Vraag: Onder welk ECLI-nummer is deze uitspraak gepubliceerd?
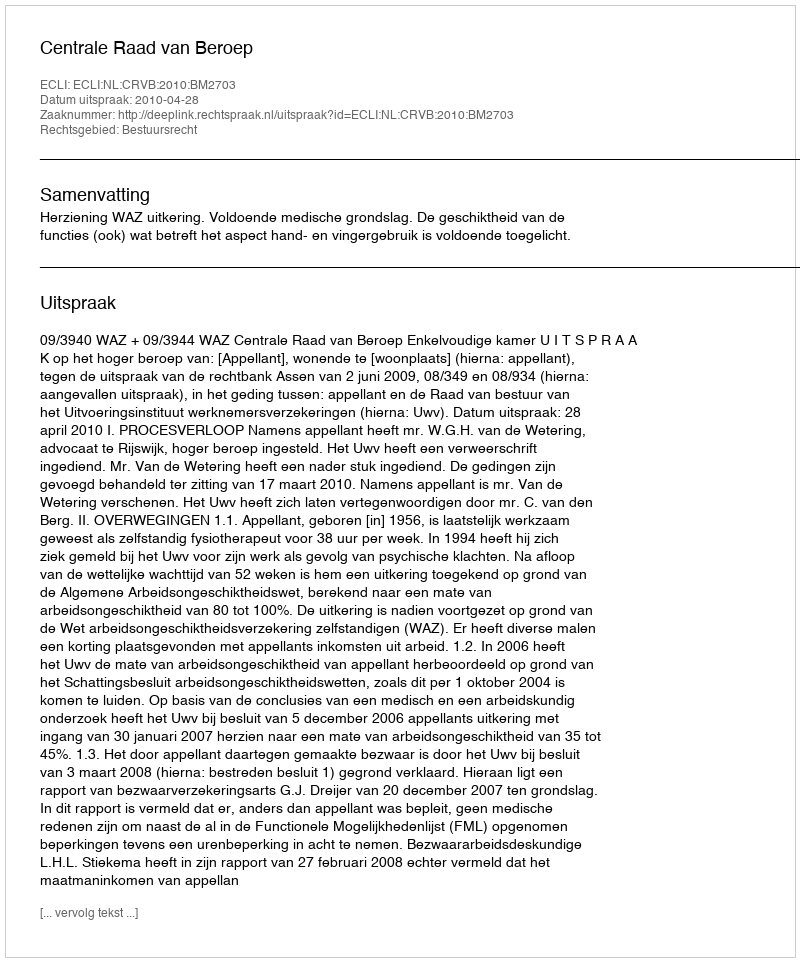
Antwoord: ECLI:NL:CRVB:2010:BM2703